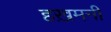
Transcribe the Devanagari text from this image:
हख़मनी